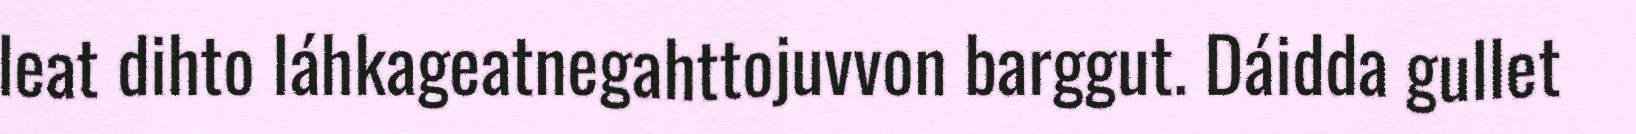
leat dihto láhkageatnegahttojuvvon barggut. Dáidda gullet